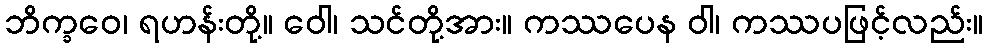
ဘိက္ခဝေ၊ ရဟန်းတို့။ ဝေါ၊ သင်တို့အား။ ကဿပေန ဝါ၊ ကဿပဖြင့်လည်း။